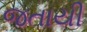
જતાયી